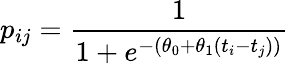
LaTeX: p_{ij}=\frac{1}{1+e^{-(\theta_{0}+\theta_{1}(t_{i}-t_{j}))}}